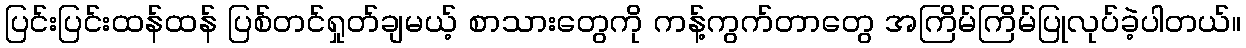
ပြင်းပြင်းထန်ထန် ပြစ်တင်ရှုတ်ချမယ့် စာသားတွေကို ကန့်ကွက်တာတွေ အကြိမ်ကြိမ်ပြုလုပ်ခဲ့ပါတယ်။